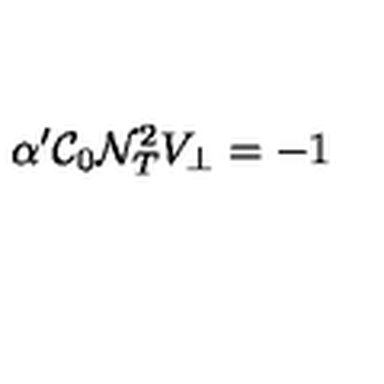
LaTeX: \alpha ^ { \prime } { \cal C } _ { 0 } { \cal N } _ { T } ^ { 2 } V _ { \bot } = - 1